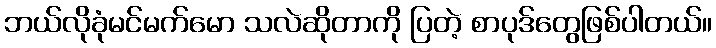
ဘယ်လိုခုံမင်မက်မော သလဲဆိုတာကို ပြတဲ့ စာပုဒ်တွေဖြစ်ပါတယ်။